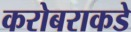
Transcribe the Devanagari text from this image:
करोबराकडे